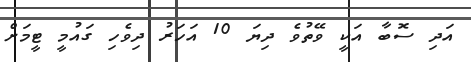
އަދި ސޮބާ އަކީ ވޭތުވެ ދިޔަ 10 އަހަރު ދިވެހި ގައުމީ ޓީމަށް